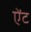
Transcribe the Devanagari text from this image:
ऐंट